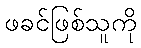
ဖခင်ဖြစ်သူကို